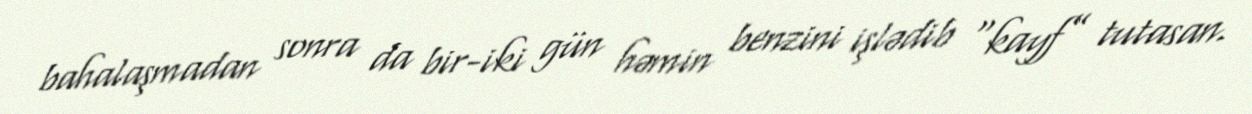
bahalaşmadan sonra da bir-iki gün həmin benzini işlədib “kayf” tutasan.